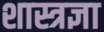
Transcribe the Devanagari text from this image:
शास्त्रज्ञा